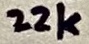
Text: 22k